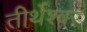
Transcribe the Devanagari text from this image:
तीर्थेश्वर